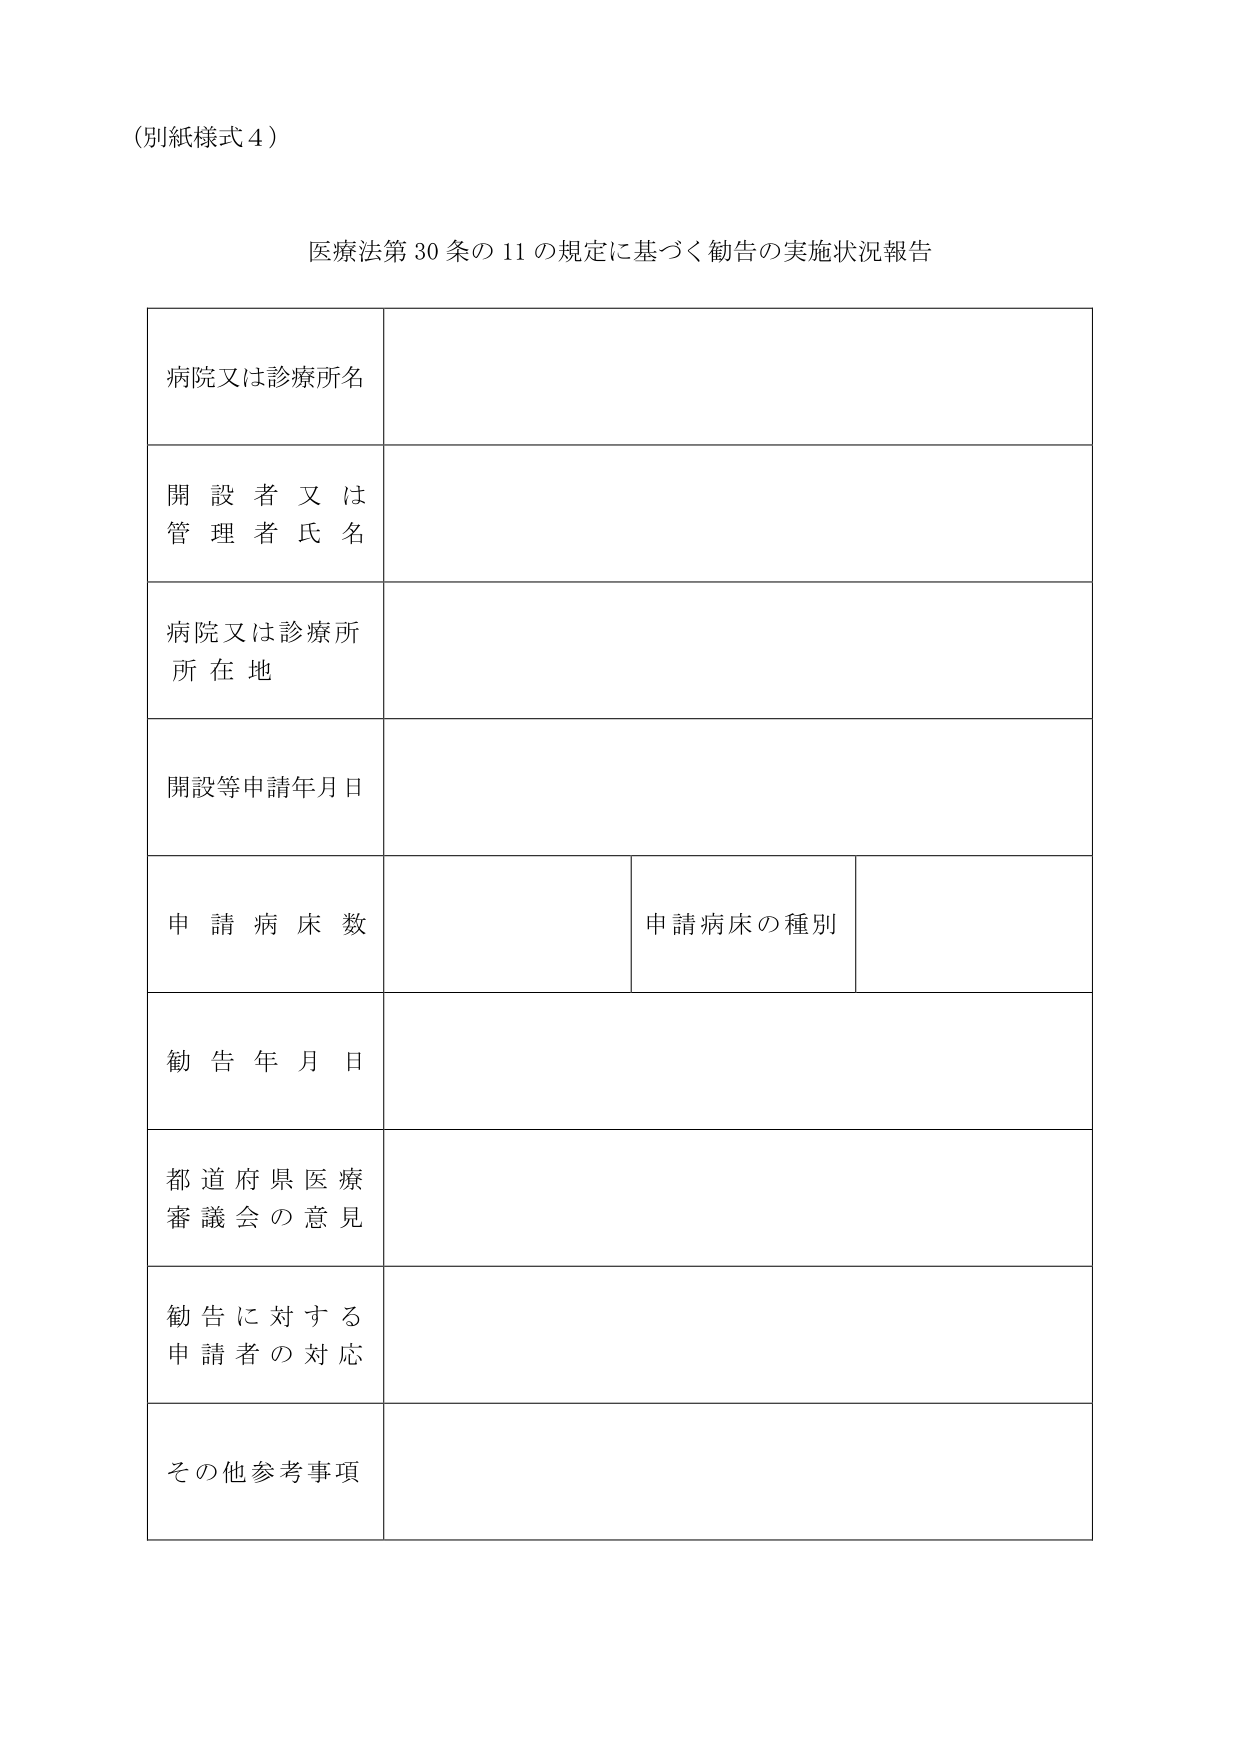
（別紙様式４）

医療法第30条の11の規定に基づく勧告の実施状況報告

病院又は診療所名

開設者又は管理者氏名

病院又は診療所所在地

開設等申請年月日

申請病床数

申請病床の種別

勧告年月日

都道府県医療審議会の意見

勧告に対する申請者の対応

その他参考事項